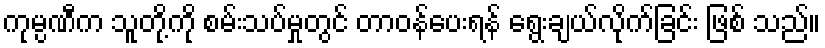
ကုမ္ပဏီက သူတို့ကို စမ်းသပ်မှုတွင် တာဝန်ပေးရန် ရွေးချယ်လိုက်ခြင်း ဖြစ် သည်။